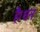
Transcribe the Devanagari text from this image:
है।धन